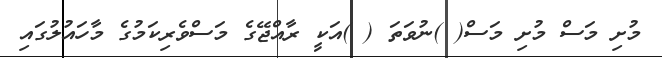
މުށި މަސް މުށި މަސް( )ނުވަތަ ( )އަކީ ރާއްޖޭގެ މަސްވެރިކަމުގެ މާހައުލުގައި